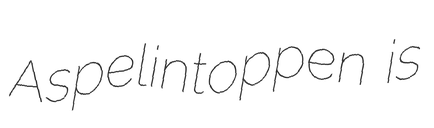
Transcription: Aspelintoppen is